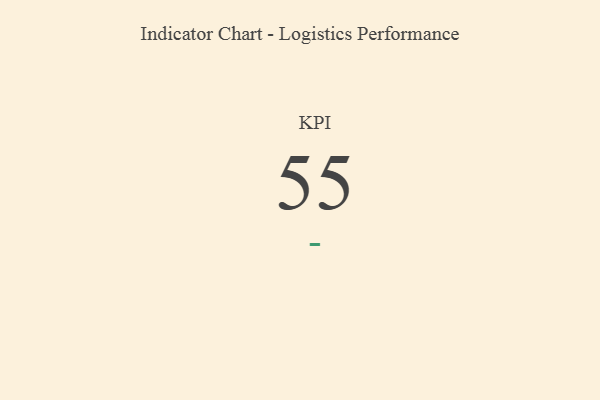
{"axis": {"x": "KPI", "y": "Value"}, "legend": [""], "data": [{"x": "KPI", "y": 55, "type": ""}]}